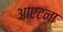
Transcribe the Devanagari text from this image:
आएटना